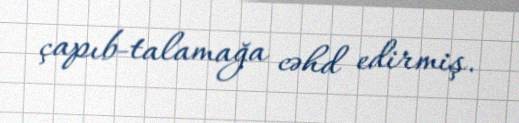
çapıb-talamağa cəhd edirmiş.